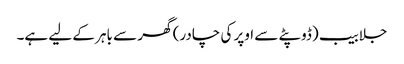
جلابیب (ڈوپٹے سے اوپر کی چادر) گھر سے باہر کے لیے ہے۔